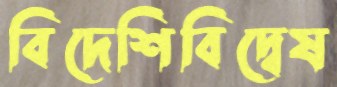
বিদেশিবিদ্বেষ